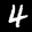
Label: 4